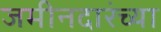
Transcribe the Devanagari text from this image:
जमीनदारंच्या